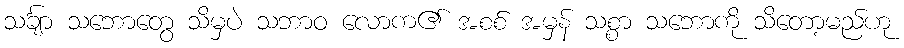
သင်္ချာ သဘောတွေ သိမှပဲ သဘာဝ လောက၏ အစစ် အမှန် သစ္စာ သဘောကို သိတော့မည်ဟု